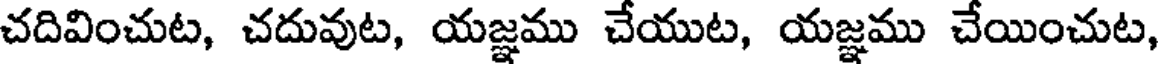
చదివించుట, చదువుట, యజ్ఞము చేయుట, యజ్ఞము చేయించుట,